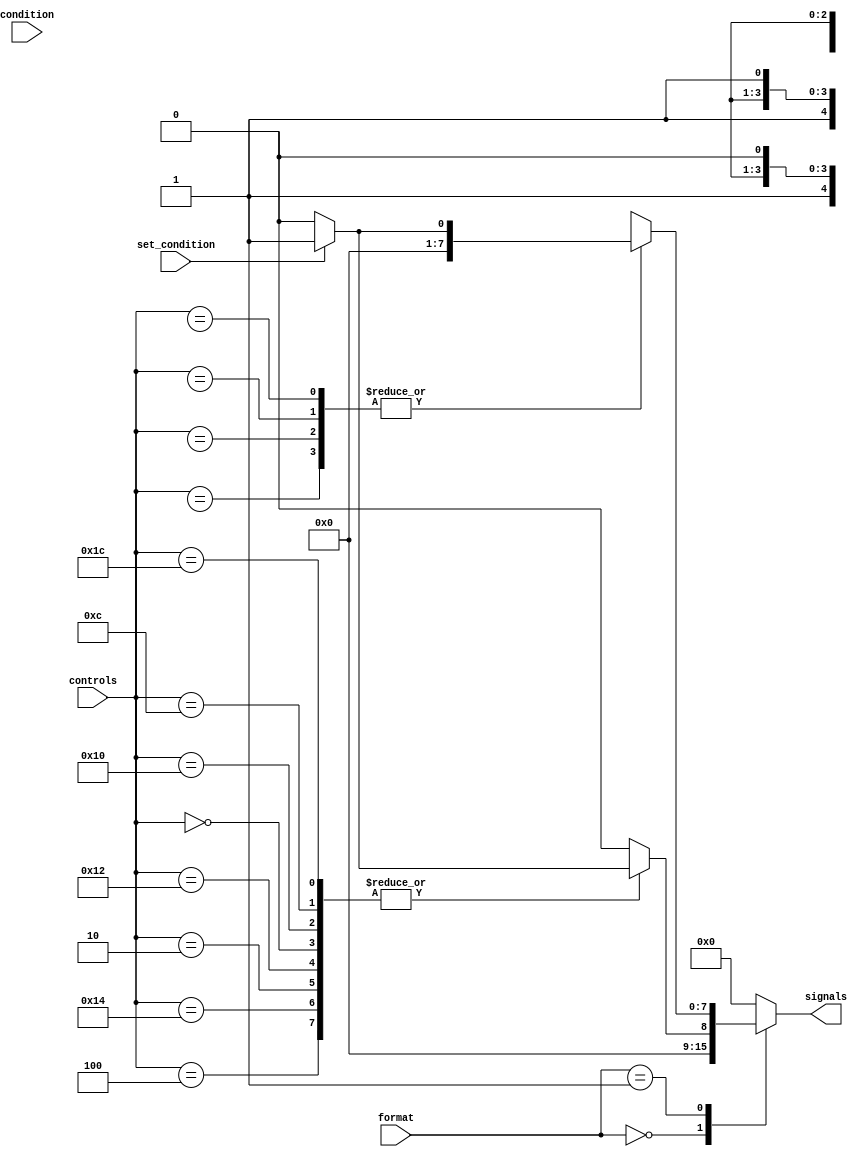
module control_unit (
			input [3:0] condition, //[31:28]
			input set_condition,  //[20]
			input [4:0] controls, //[25:21], (I P U B W) or (I OpCode)
			input [1:0] format,   //[27:26], 01 = L/S, 00 = ALU, and 10 = branch
			output [7:0] signals //not actual length
					);
	localparam [1:0]  alu = 2'b00,
					  ls = 2'b01,
					  br = 2'b10;
					  
	localparam [4:0]  add = 5'b00100, //alu
					  addi = 5'b10100,
					  sub = 5'b00010,
					  subi = 5'b10010,
					  _and = 5'b00000,
					  andi = 5'b10000,
					  _or = 5'b01100,
					  ori = 5'b11100,
	//not using P U B W bits
					  load_reg = 5'b1xxx1, //load/store
					  load_imm = 5'b0xxx1,
					  store_reg = 5'b1xxx0,
					  store_imm = 5'b0xxx0;
	localparam [3:0]
					br = 4'b1010,
					br_link = 4'b1011;
always @ *
 case(format)
	alu: begin
	  case(controls)
		add: signals = set_condition ? 1 : 0; //add, not actually 1 or 0
		addi: signals = set_condition ? 1 : 0;
		sub: signals = set_condition ? 1 : 0; //subtract
		subi: signals = set_condition ? 1 : 0;
		_and: signals = set_condition ? 1 : 0; //and
		andi: signals = set_condition ? 1 : 0;
		_or: signals = set_condition ? 1 : 0; //or
		ori: signals = set_condition ? 1 : 0;
		default: signals = 0;
	  endcase
	end
	
	ls: begin
	  case(controls)
		load_reg: signals = set_condition ? 1 : 0; //load/store
		load_imm: signals = set_condition ? 1 : 0; //immediate load/store
		store_reg: signals = set_condition ? 1 : 0;
		store_imm: signals = set_condition ? 1 : 0;
		default: signals = 0;
	  endcase
	end
	
	br: begin
	  case(condition)
		br: signals = set_condition ? 1 : 0;
		br_link: signals = set_condition ? 1 : 0;
		default: signals = 0;
	  endcase
	end
	
	default: signals = 0;
 endcase
endmodule